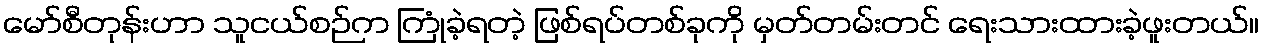
မော်စီတုန်းဟာ သူငယ်စဉ်က ကြုံခဲ့ရတဲ့ ဖြစ်ရပ်တစ်ခုကို မှတ်တမ်းတင် ရေးသားထားခဲ့ဖူးတယ်။